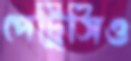
পেট্রিসিও